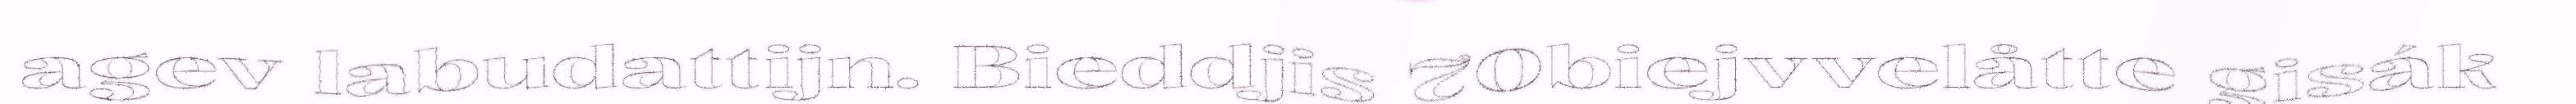
agev labudattijn. Bieddjis 70biejvvelåtte gisák